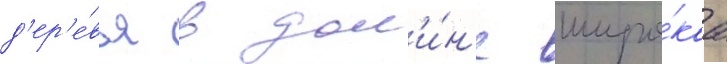
д'ер'е́вья в дол'и́н'е широ́каа